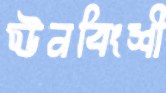
ঊনবিংশী